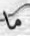
ما